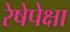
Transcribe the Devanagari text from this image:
रेषेपेक्षा